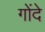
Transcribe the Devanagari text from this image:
गोंदे